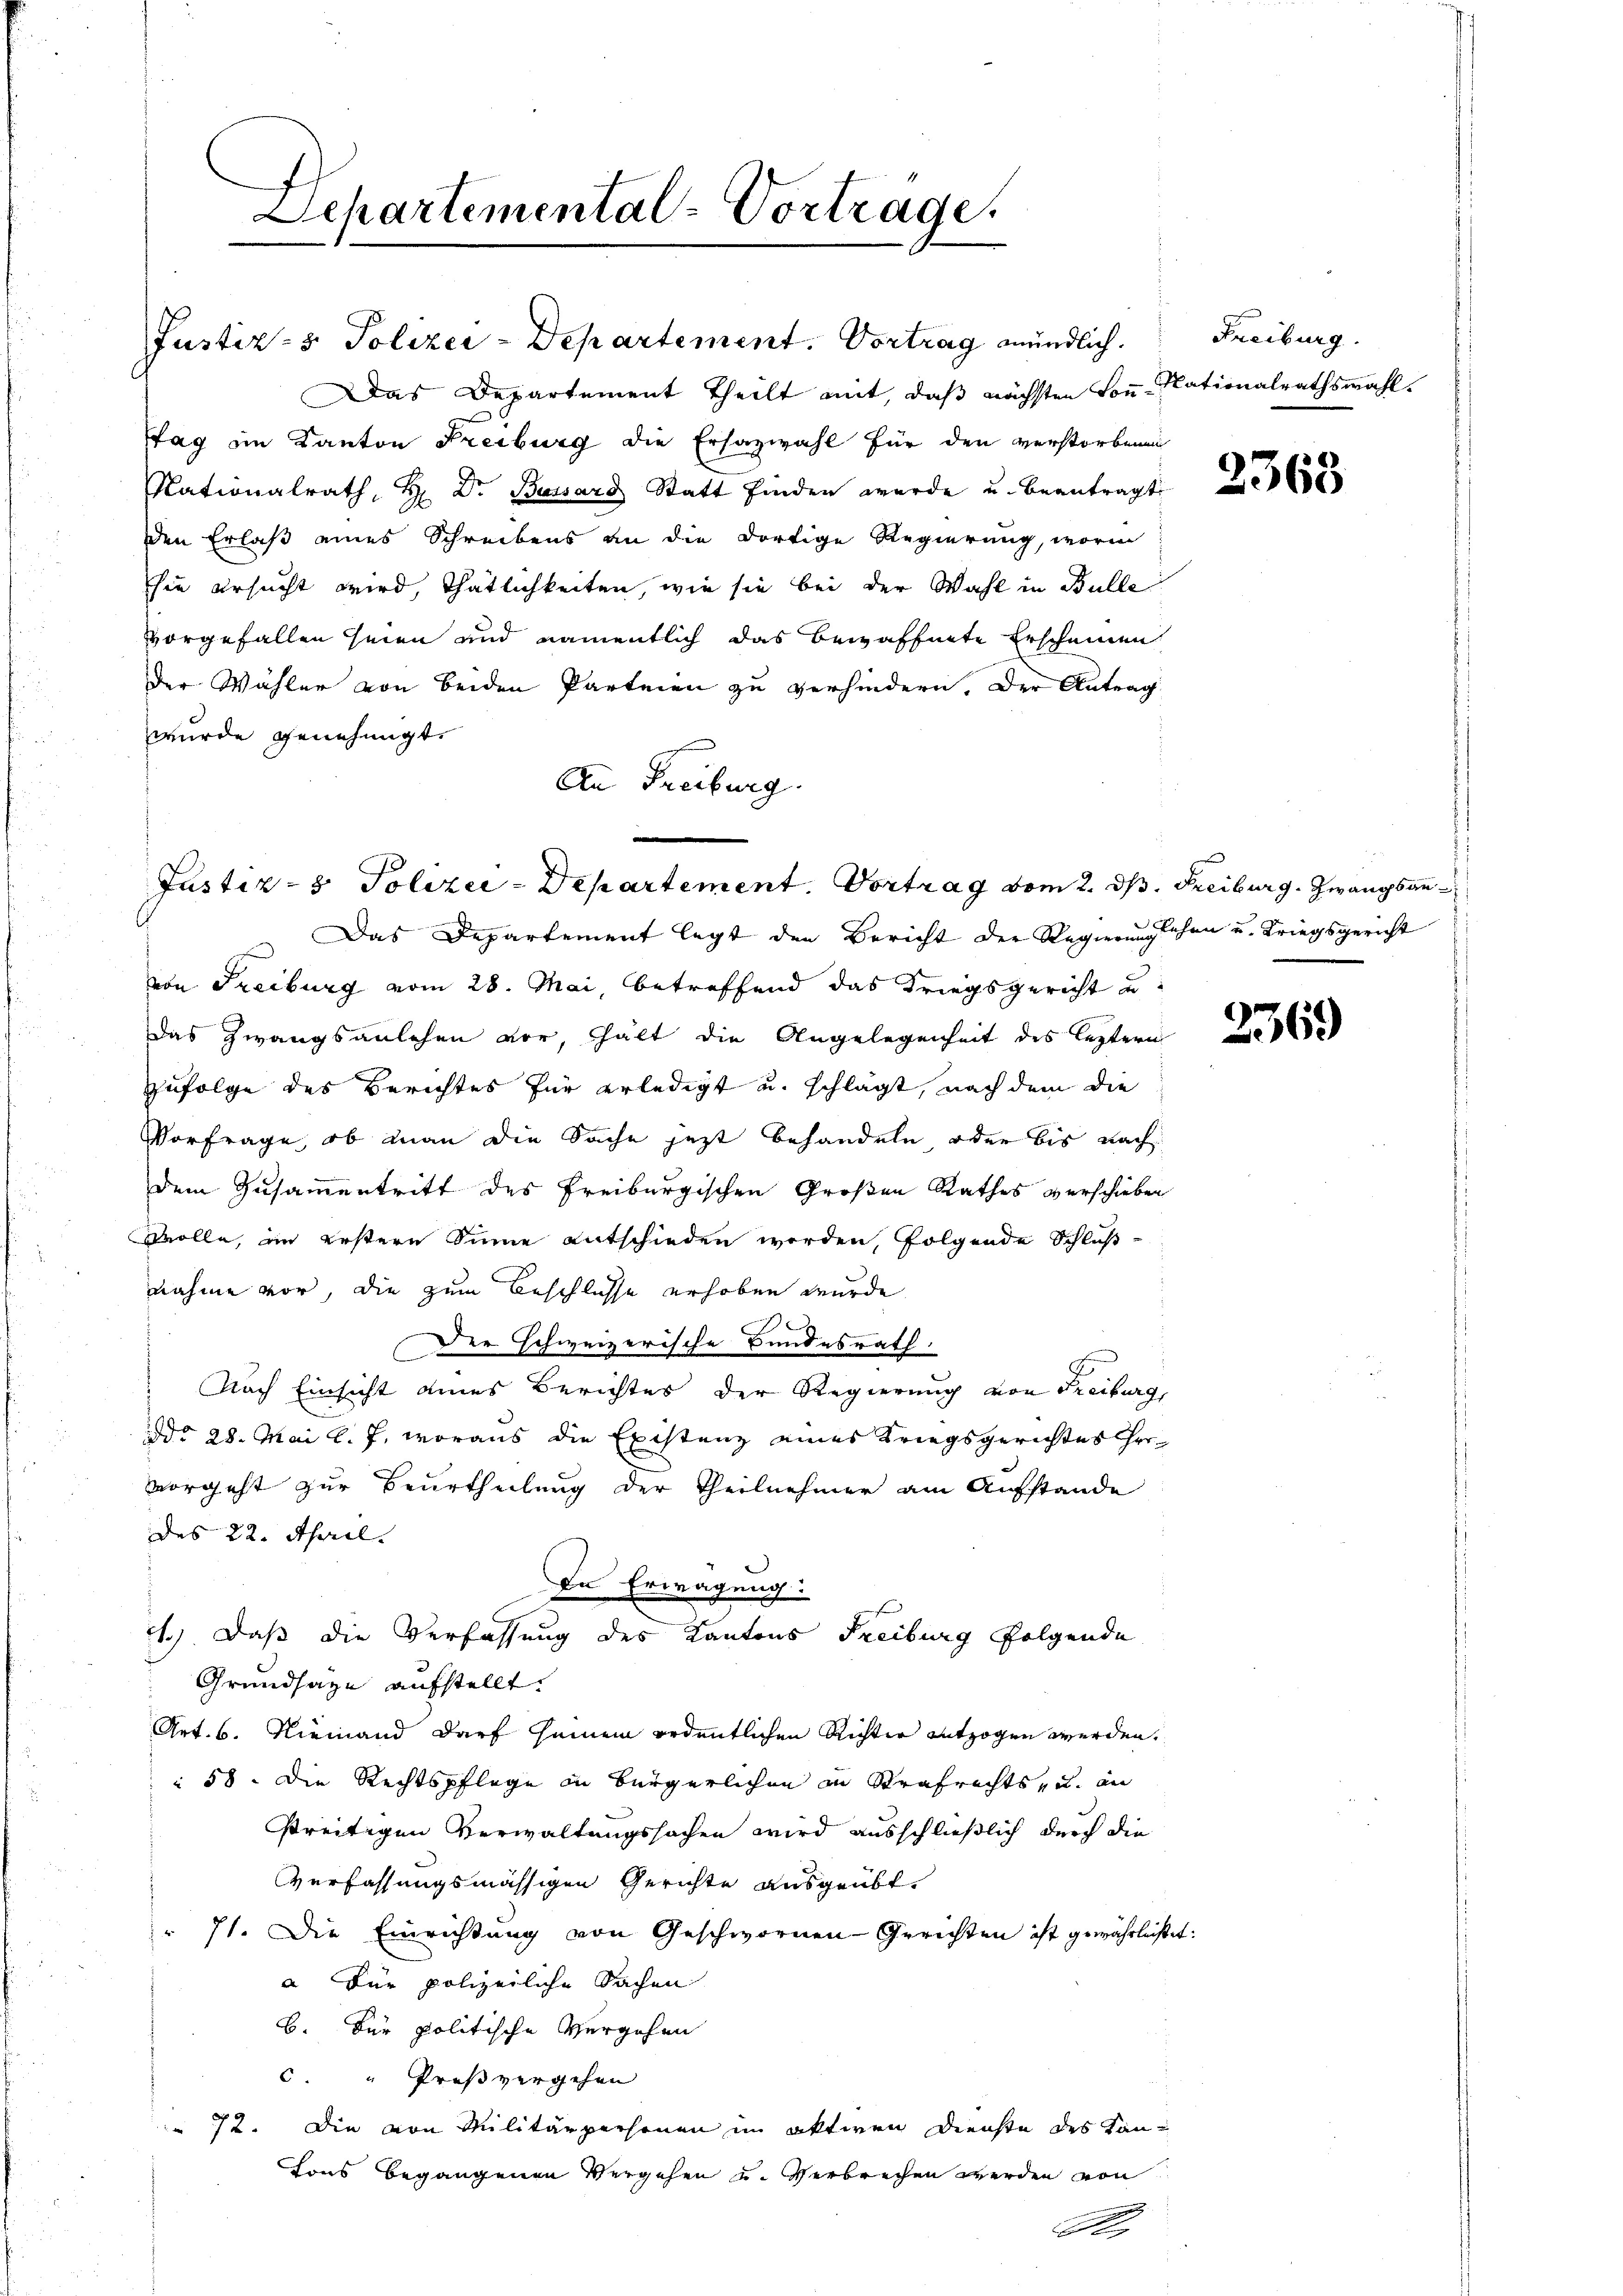
Departemental-Vortrage.

Das Departement Theilt mit, daß nächsten Son-Nationalrathswahl.
stag im Kanton Freiburg die Ersazwahl für den verstorbenen
Nationalrath, H. Dr. Bossard Statt finden wurde u. beantragt
den Erlaß eines Schreibens an die dortige Regierung, worin
hie ersucht wird, Thätlichkeiten, wie sie bei der Wahl in Bulle
vorgefallen seien und namentlich das bewaffnete Erscheinen
der Wähler von beiden Parteien zu verhindern. Der Antrag
wurde genehmigt.
An Freiburg.

Justiz- & Polizei-Departement. Vortrag mündlich. Freiburg.

Justiz- & Polizei-Departement. Vortrag vom 2. d

Das Departement legt den Bericht der Regierunglehen u. Kriegsgericht
von Freiburg vom 28. Mai, betreffend das Kriegsgericht u.
das Zwangsanlehen vor, halt die Angelegenheit des leztern
Zufolge des Berichtes für erledigt u. schlägt, nach dem die
Vorfrage, ob man die Sache jetzt behandeln oder bis nach
dem Zusammentritt des Freiburgischen Großen Rathes verschieben
Wolle, im erstern Sinne entschieden werden, folgende Schlußnahme vor, die zum Beschlüsse erhoben wurde
Der schweizerische Bundesrath
Nach Einsicht eines Berichtes der Regierung von Freiburg,
ddo 28. Mai l. J., woraus die Existenz eines Kriegsgerichtes her
vorgeht zur Beurtheilung der Theilnehmer am Aufstande
des 22. April.
In Erwägung:
c.) Daß die Verfassung des Kantons Freiburg folgende
Grundsaze aufstellt.
Art. 6. Niemand darf seinem ordentlichen Richter entzogen werden.
 58. Die Rechtspflege in Bürgerlichen in Strafrechts- u. an
streitigen Verwaltungssachen wird ausschließlich durch die
Verfassungsmässigen Gerichte ausgeübt.
" 71. Die Einrichtung von Geschwornen-Gerichten ist gewährlichter
a Für polizeiliche Sachen
B. Der politische Vergehen
c. " Proßvergehen
72. Die von Militärpersonen im aktiven Dienste des Kan¬
Fons begangenen Vergehen u. Verbrechen werden von

S.

t:

2363

B. Freiburg. Zwangsan¬

2369)